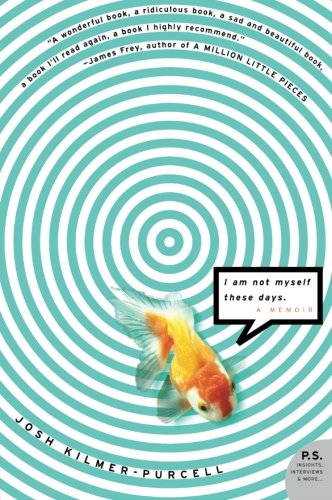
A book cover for I Am Not Myself These Days: A Memoir; Josh Kilmer-Purcell; Gay & Lesbian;